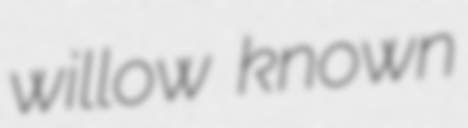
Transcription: willow known